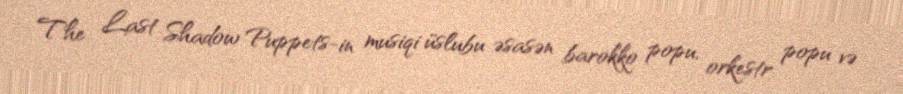
The Last Shadow Puppets-in musiqi üslubu əsasən barokko popu, orkestr popu və